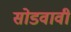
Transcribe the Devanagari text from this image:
सोडवावी